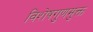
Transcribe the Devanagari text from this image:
विशेषगुणमुक्त